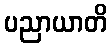
ပညာယာတိ